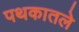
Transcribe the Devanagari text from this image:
पथकातले